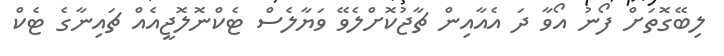
ލިބޭގޮތަށް ފޯނު އޯވާ ދަ އެއާއިން ޗާޖުކޮށްލެވޭ ވަޔާލެސް ޓެކްނޮލޮޖީއެއް ޗައިނާގެ ޓެކް